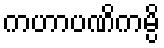
ကဟာပဏိကမ္ပိ